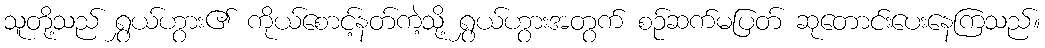
သူတို့သည် ရွှယ်ဟွား၏ ကိုယ်စောင့်နတ်ကဲ့သို့ ရွှယ်ဟွားအတွက် စဉ်ဆက်မပြတ် ဆုတောင်းပေးနေကြသည်။